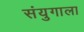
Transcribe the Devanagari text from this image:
संयुगाला